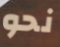
نحو